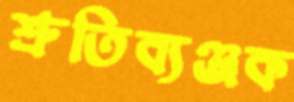
শ্রুতিব্যঞ্জক